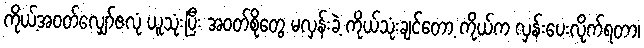
ကိုယ့်အဝတ်လျှော်ဇလုံ ယူသုံးပြီး အဝတ်စိုတွေ မလှန်းခဲ့ ကိုယ်သုံးချင်တော့ ကိုယ်က လှန်းပေးလိုက်ရတာ၊